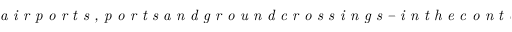
\textit { a i r p o r t s , p o r t s a n d g r o u n d c r o s s i n g s – i n t h e c o n t e x t o f C O V I D - 1 9 o u t b r e a k }